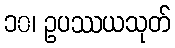
၁၀၊ ဥပဿယသုတ်